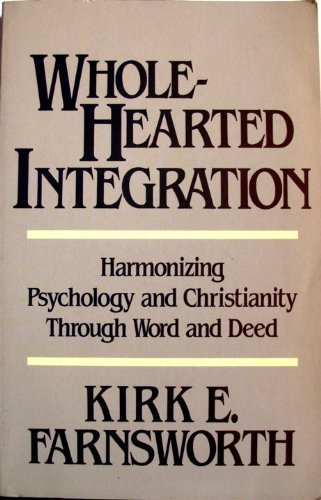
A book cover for Wholehearted Integration: Harmonizing Psychology and Christianity Through Word and Deed; Kirk E. Farnsworth; Religion & Spirituality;